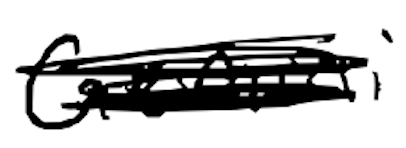
Text: Gemini
Cross-out: scratch
Writing tool: digital_black